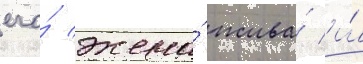
его́ жена́ жива́ и́